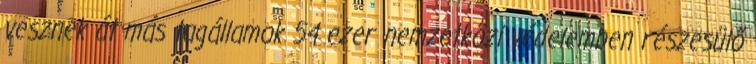
vesznek át más tagállamok 54 ezer nemzetközi védelemben részesülő